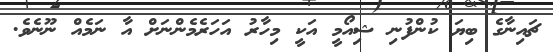
ޗައިނާގެ ބިޔަ ކުންފުނި ޝިއޯމީ އަކީ މިހާރު އަހަރެމެންނަށް އާ ނަމެއް ނޫނެވެ.